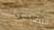
البضاعة